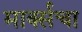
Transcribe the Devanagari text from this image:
मार्क्सचा